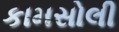
કામસોલી